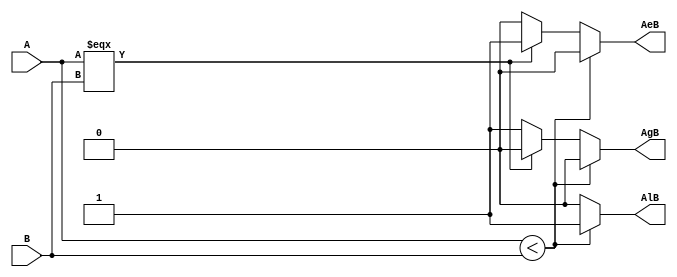
module compare (A, B, AgB, AeB, AlB);
input A, B;
output AgB, AeB, AlB;
reg AgB, AeB, AlB;

always @ (A or B) begin
  if (A < B) begin
    AgB = 0; AeB = 0; AlB = 1;

  end else if (A === B) begin
    AgB = 0; AeB = 1; AlB = 0;

  end else begin
    AgB = 1; AeB = 0; AlB = 0;

  end
end

endmodule // compare